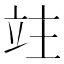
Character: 𥩣